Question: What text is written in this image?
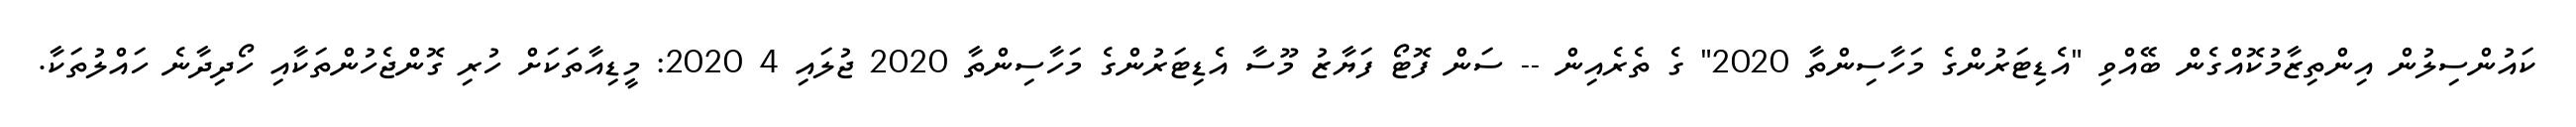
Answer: ކައުންސިލުން އިންތިޒާމުކޮއްގެން ބޭއްވި "އެޑިޓަރުންގެ މަހާސިންތާ 2020" ގެ ތެރެއިން -- ސަން ފޮޓޯ ފަޔާޒު މޫސާ އެޑިޓަރުންގެ މަހާސިންތާ 2020 ޖުލައި 4 2020: މީޑިއާތަކަށް ހުރި ގޮންޖެހުންތަކާއި ހޯދިދާނެ ހައްލުތަކާ.